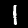
Digit: 1